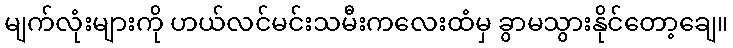
မျက်လုံးများကို ဟယ်လင်မင်းသမီးကလေးထံမှ ခွာမသွားနိုင်တော့ချေ။